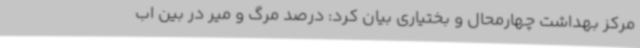
مرکز بهداشت چهارمحال و بختیاری بیان کرد: درصد مرگ و میر در بین اب